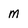
Character: m